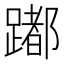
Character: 𨅮